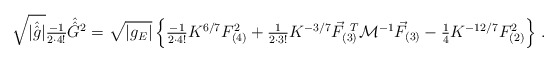
\begin{align*}\sqrt{|\hat{\hat{g}}|}{\textstyle\frac{-1}{2\cdot 4!}} \hat{\hat{G}}{}^{2} =\sqrt{|g_{E}|} \left\{ {\textstyle\frac{-1}{2\cdot 4!}} K^{6/7} F_{(4)}^{2}+{\textstyle\frac{1}{2\cdot 3!}}K^{-3/7} \vec{F}_{(3)}^{\ T} {\cal M}^{-1}\vec{F}_{(3)}-{\textstyle\frac{1}{4}} K^{-12/7}F_{(2)}^{2}\right\}\, .\end{align*}